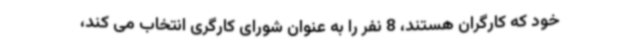
خود که کارگران هستند، 8 نفر را به عنوان شورای کارگری انتخاب می کند،